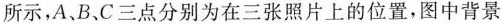
所示，A、B、C三点分别为在三张照片上的位置，图中背景